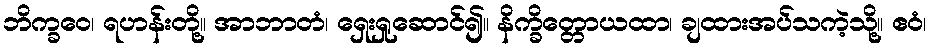
ဘိက္ခဝေ၊ ရဟန်းတို့။ အာဘာတံ၊ ရှေးရှုဆောင်၍။ နိက္ခိတ္တောယထာ၊ ချထားအပ်သကဲ့သို့။ ဧဝံ၊